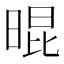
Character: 𣈀